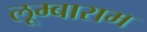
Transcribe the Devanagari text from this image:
लूम्बाराम